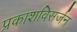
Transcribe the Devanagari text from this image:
प्रकाशविसर्जन